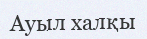
Ауыл халқы